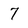
Character: 7